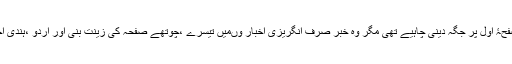
ایک ایسی عظیم خبر جس کو اخباروں کو صفحۂ اول پر جگہ دینی چاہیے تھی مگر وہ خبر صرف انگریزی اخبار وںمیں تیسرے ،چوتھے صفحہ کی زینت بنی اور اردو ،ہندی اخباروں میں تو اس کا وجود ہی نظر نہیں آیا۔